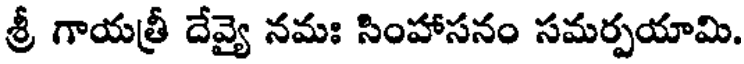
శ్రీ గాయత్రీ దేవ్యై నమః సింహాసనం సమర్పయామి.